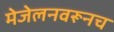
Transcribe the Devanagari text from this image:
मेजेलनवरूनच